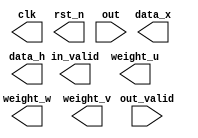
module PATTERN(
	// Output signals
	clk,
	rst_n,
	in_valid,
	data_x,
	data_h,
	weight_u,
	weight_w,
	weight_v,
	// Input signals
	out_valid,
	out
);
//---------------------------------------------------------------------
//   PARAMETER
//---------------------------------------------------------------------
	parameter inst_sig_width = 23;
	parameter inst_exp_width = 8;
	parameter inst_ieee_compliance = 0;

//================================================================
//   INPUT AND OUTPUT DECLARATION                         
//================================================================
	output reg clk,rst_n,in_valid;
	output reg [inst_sig_width + inst_exp_width: 0] weight_u,weight_w,weight_v,data_x,data_h;
	input	out_valid;
	input	[inst_sig_width + inst_exp_width: 0] out;
	
//================================================================
// parameters & integer
//================================================================


//================================================================
// PATTERN
//================================================================

endmodule